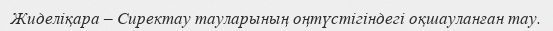
Жиделіқара – Сиректау тауларының оңтүстігіндегі оқшауланған тау.